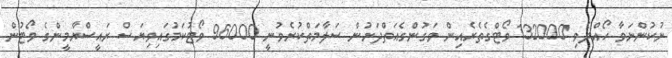
ނުކުންނަވާ ހޯއްދެވި 132000 ވޯޓްގެތެރެއިން ވަގުންގެއަތްދަށުން ސަލާމަތްކުރެވުނީ 96000 ވޯޓުކަމުގައިވިޔަސް ރައީސްޔާމީންގެ ވޯޓުން